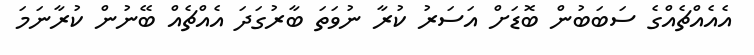
އެއެއްޗެއްގެ ސަބަބުން ބޮޑަށް އަސަރު ކުރާ ނުވަތަ ބާރުގަދަ އެއްޗެއް ބޭނުން ކުރާނަމަ